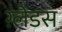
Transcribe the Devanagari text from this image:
ग़्लेडस